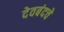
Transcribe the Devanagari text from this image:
देवबंदचे